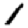
Digit: 1